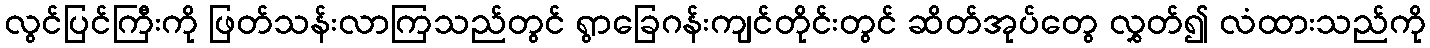
လွင်ပြင်ကြီးကို ဖြတ်သန်းလာကြသည်တွင် ရွာခြေဂန်းကျင်တိုင်းတွင် ဆိတ်အုပ်တွေ လွှတ်၍ လံထားသည်ကို